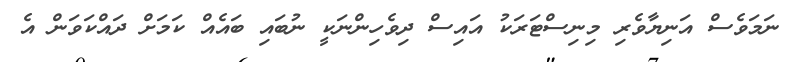
ނަމަވެސް އަނިޔާވެރި މިނިސްޓަރަކު އައިސް ދިވެހިންނަކީ ނުބައި ބައެއް ކަމަށް ދައްކަވަން އެ